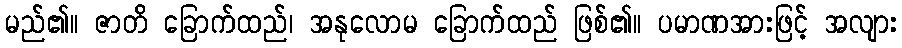
မည်၏။ ဇာတိ ခြောက်ထည်၊ အနုလောမ ခြောက်ထည် ဖြစ်၏။ ပမာဏအားဖြင့် အလျား